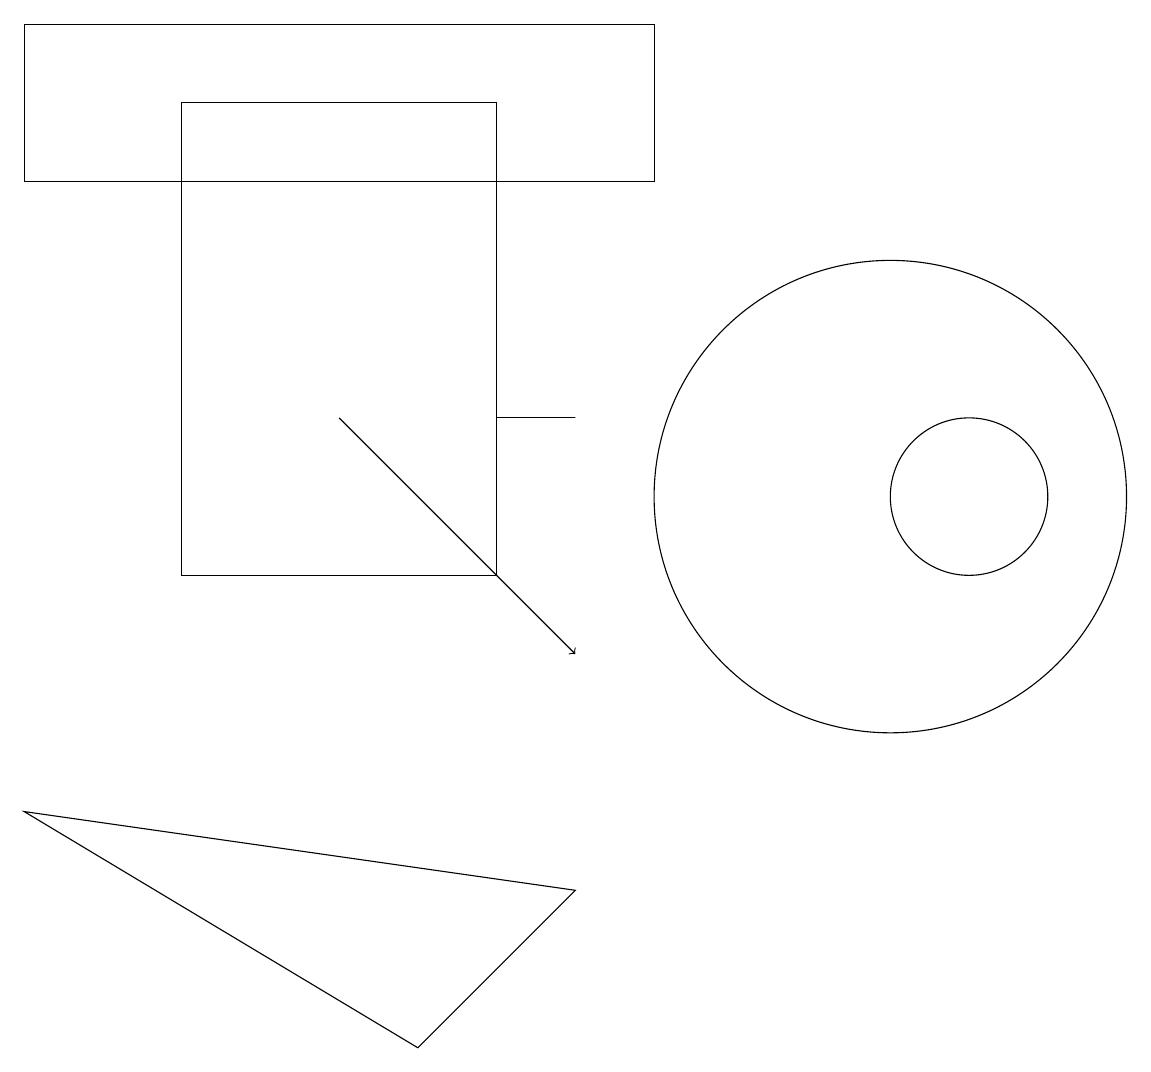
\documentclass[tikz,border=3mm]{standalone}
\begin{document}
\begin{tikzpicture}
\draw[->] (4,13) -- (7,10);
\draw (11,12) circle (3);
\draw (5,5) -- (7,7) -- (0,8) -- cycle;
\draw (0,16) rectangle (8,18);
\draw (6,11) rectangle (2,17);
\draw (12,12) circle (1);
\draw (6,13) rectangle (7,13);
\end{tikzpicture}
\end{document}